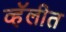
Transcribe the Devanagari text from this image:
व्हॅलीत